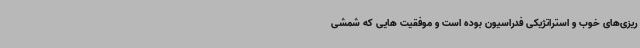
ریزی‌های خوب و استراتژیکی فدراسیون بوده است و موفقیت هایی که شمشی